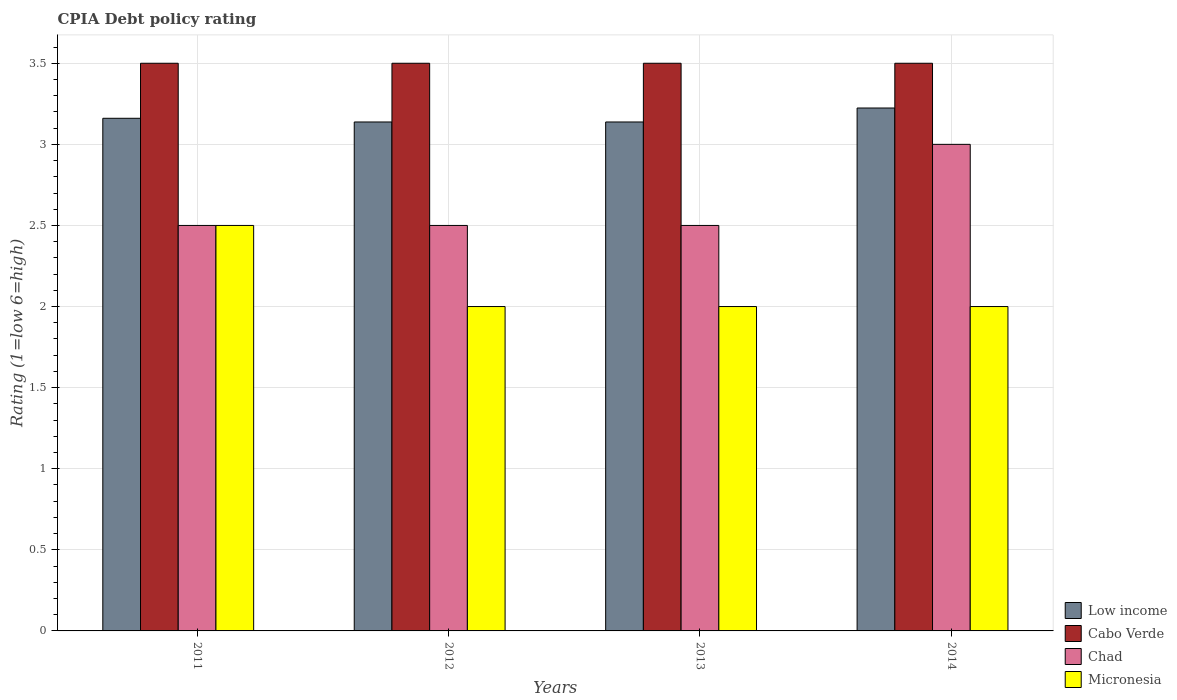
| Years | Low income | Cabo Verde | Chad | Micronesia |
 | --- | --- | --- | --- | --- |
 | 2011 | 3.16 | 3.5 | 2.5 | 2.5 |
 | 2012 | 3.14 | 3.5 | 2.5 | 2 |
 | 2013 | 3.14 | 3.5 | 2.5 | 2 |
 | 2014 | 3.22 | 3.5 | 3 | 2 |